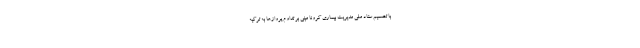
با تصمیم ستاد ملی مدیریت بیماری کرونا مبنی بر تداوم پروازها به ترکیه